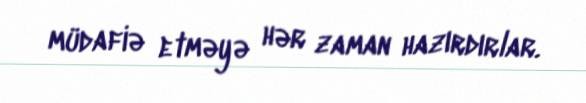
müdafiə etməyə hər zaman hazırdırlar.